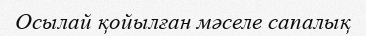
Осылай қойылған мәселе сапалық